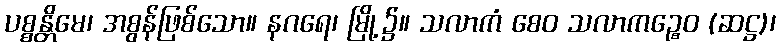
ပစ္စန္တိမေ၊ အစွန်ဖြစ်သော။ နဂရေ၊ မြို့၌။ သလာကံ စေဝ သလာကဉ္စေဝ (ဆဋ္ဌ)၊